Riigikantselei, lk 149
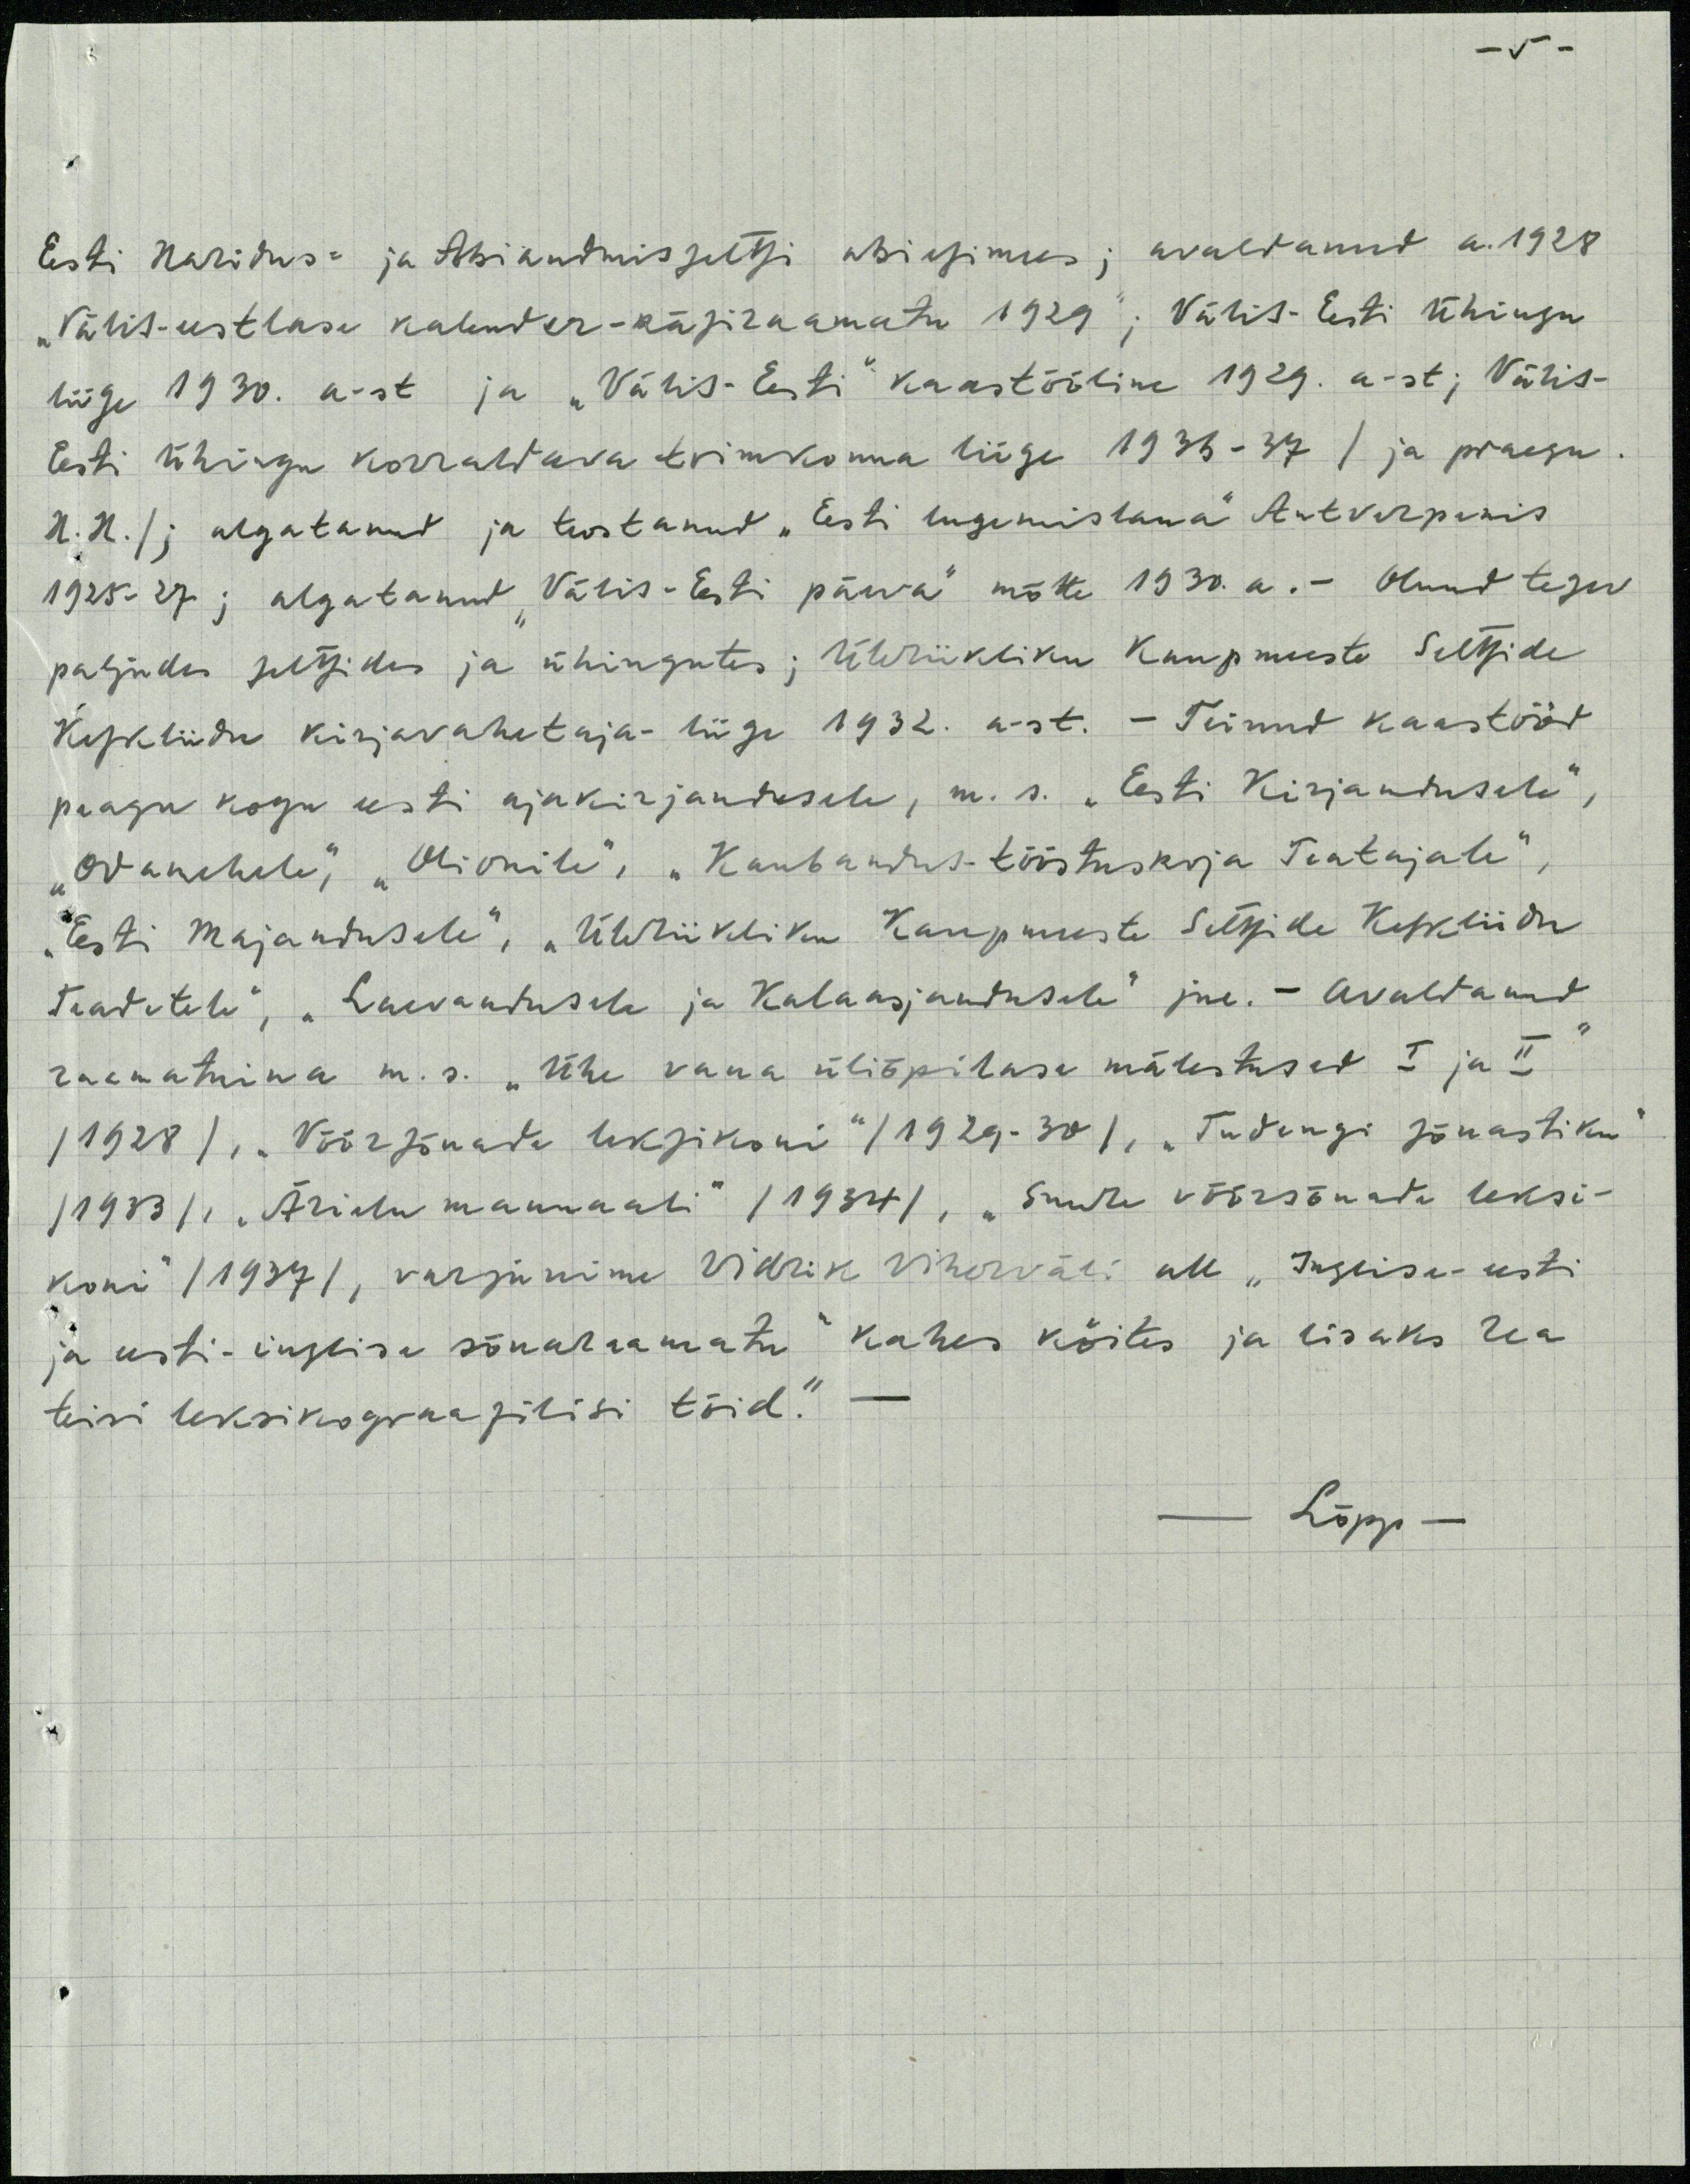
- 5 -
Eesti hariduse- ja Abiandmisseltsi abiesimees; avaldanud a. 1928
"Välis-eestlase kalender-käsiraamatu 1929 ; Välis-Eesti Ühingu
liige 1930. a-st ja "Välis-Eesti" kaastööline 1929. a-st; Välis-
Eesti Ühingu korraldava toimkonna liige 1936-37 / ja praegu
H.H. /; algutanud ja teostanud "Eesti lugemislaua" Antverpenis
1925-27 ; algatanud "Välis-Eesti päeva" mõtte 1930.a.- Olnud tegev
paljudes seltsides ja ühingutes; Üleriikliku kaupmeeste Seltside
Keskliidu kirjavahetaja- liige 1932. a-st. - Teinud kaastööt
peaaegu kogu eesti ajakirjandusele, m. s. "Eesti Kirjandusele",
"Odamehele", "Orionile", "Kaubandus-tööstuskirja Teatajale",
"Eesti majandusele", "Üleriikliku kaupmeeste Seltside Keskliidu
Teadetele", "Laevandusele ja Kalaasjandusele" jne. - Avaldanud
raamatuina m.s. "Ühe vana üliõpilase mälestused I ja II"
/1928/, "Võõrsõnade leksikoni" /1929-30/, "Tudengi sõnastiku"
/1933/, "Ärielu manuaali" /1934/, "Suure võõrsõnade leksi-
koni" /1937/, varjunime Vidrik Viherväli all "Inglise-eesti
ja eesti-inglise sõnaraamatu" kahes köites ja lisaks rea
teisi leksikograafilisi töid.“-
-Lõpp-